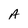
Character: A